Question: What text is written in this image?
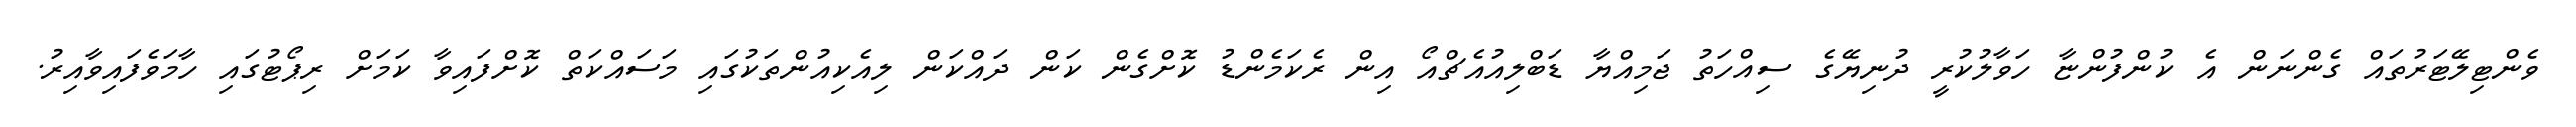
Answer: ވެންޓިލޭޓަރުތައް ގެންނަން އެ ކުންފުންޏާ ހަވާލުކުރީ ދުނިޔޭގެ ސިއްހަތު ޖަމިއްޔާ ޑަބްލިއުއެޗްއޯ އިން ރެކަމެންޑު ކޮށްގެން ކަން ދައްކަން ލިއެކިއުންތަކުގައި މަސައްކަތް ކޮށްފައިވާ ކަމަށް ރިޕޯޓުގައި ހާމަވެފައިވާއިރު.